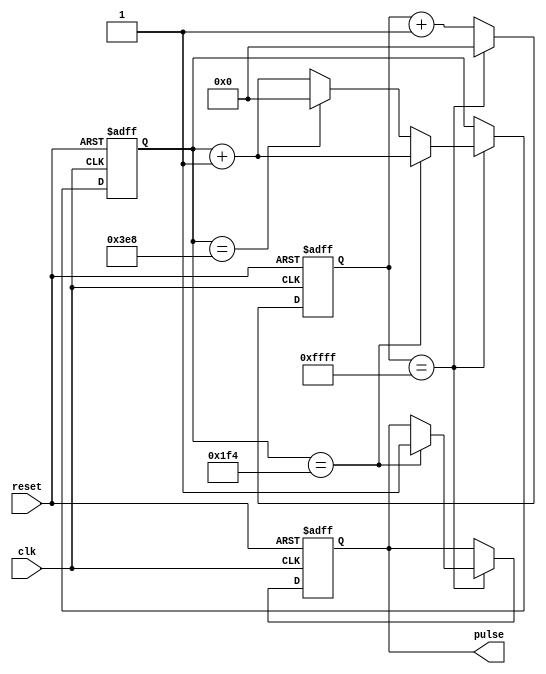
module Pulse_Generator (
    input wire clk,
    input wire reset,
    output reg pulse
);

reg [15:0] counter;
reg [15:0] divider;

always @(posedge clk or posedge reset) begin
    if (reset) begin
        counter <= 16'h0;
        divider <= 16'h0;
        pulse <= 1'b0;
    end else begin
        if (divider == 16'hFFFF) begin
            counter <= counter + 1;
            if (counter == 16'd500) begin // Adjust pulse width here (e.g., 500 clock cycles)
                pulse <= 1'b1;
            end else if (counter == 16'd1000) begin // Adjust pulse frequency here (e.g., 1000 clock cycles)
                counter <= 16'h0;
            end
            divider <= 16'h0;
        end else begin
            divider <= divider + 1;
        end
    end
end

endmodule